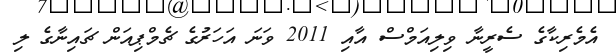
އެމެރިކާގެ ސެރީނާ ވިލިއަމްސް އާއި 2011 ވަނަ އަހަރުގެ ޗެމްޕިއަން ޗައިނާގެ ލި